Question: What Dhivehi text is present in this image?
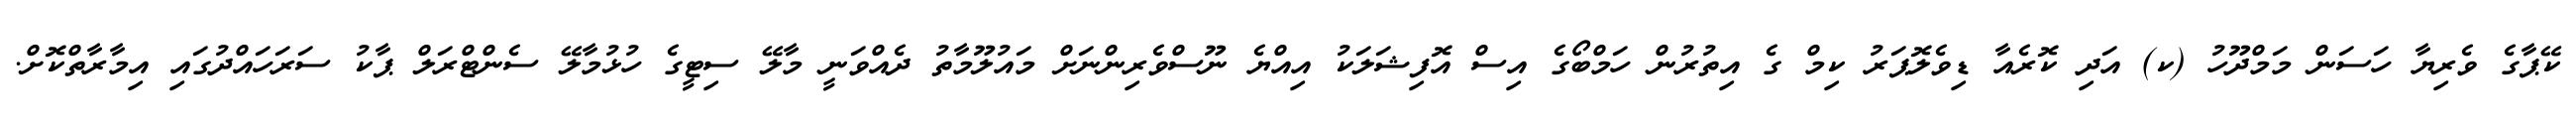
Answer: ކޭޕާގެ ވެރިޔާ ހަސަން މަމްދޫހު (ކ) އަދި ކޮރެއާ ޑިވެލޮޕަރު ކިމް ގެ އިތުރުން ހަމްބޯގެ އިސް އޮފިޝަލަކު އިއްޔެ ނޫސްވެރިންނަށް މައުލޫމާތު ދެއްވަނީ މާލޭ ސިޓީގެ ހުޅުމާލޭ ސެންޓްރަލް ޕާކު ސަރަހައްދުގައި އިމާރާތްކޮށް.